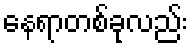
နေရာတစ်ခုလည်း